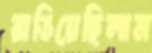
রাঙিয়েছিলাম